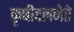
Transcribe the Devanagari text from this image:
कृषीवलनेते